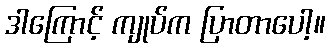
ဒါကြောင့် ကျုပ်က ပြာတာပေါ့။